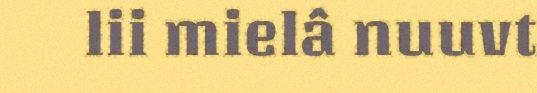
lii mielâ nuuvt